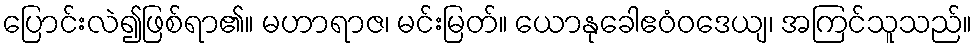
ပြောင်းလဲ၍ဖြစ်ရာ၏။ မဟာရာဇ၊ မင်းမြတ်။ ယောနုခေါဧဝံဝဒေယျ၊ အကြင်သူသည်။